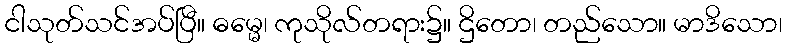
ငါသုတ်သင်အပ်ပြီ။ ဓမ္မေ၊ ကုသိုလ်တရား၌။ ဌိတော၊ တည်သော။ မာဒိသော၊